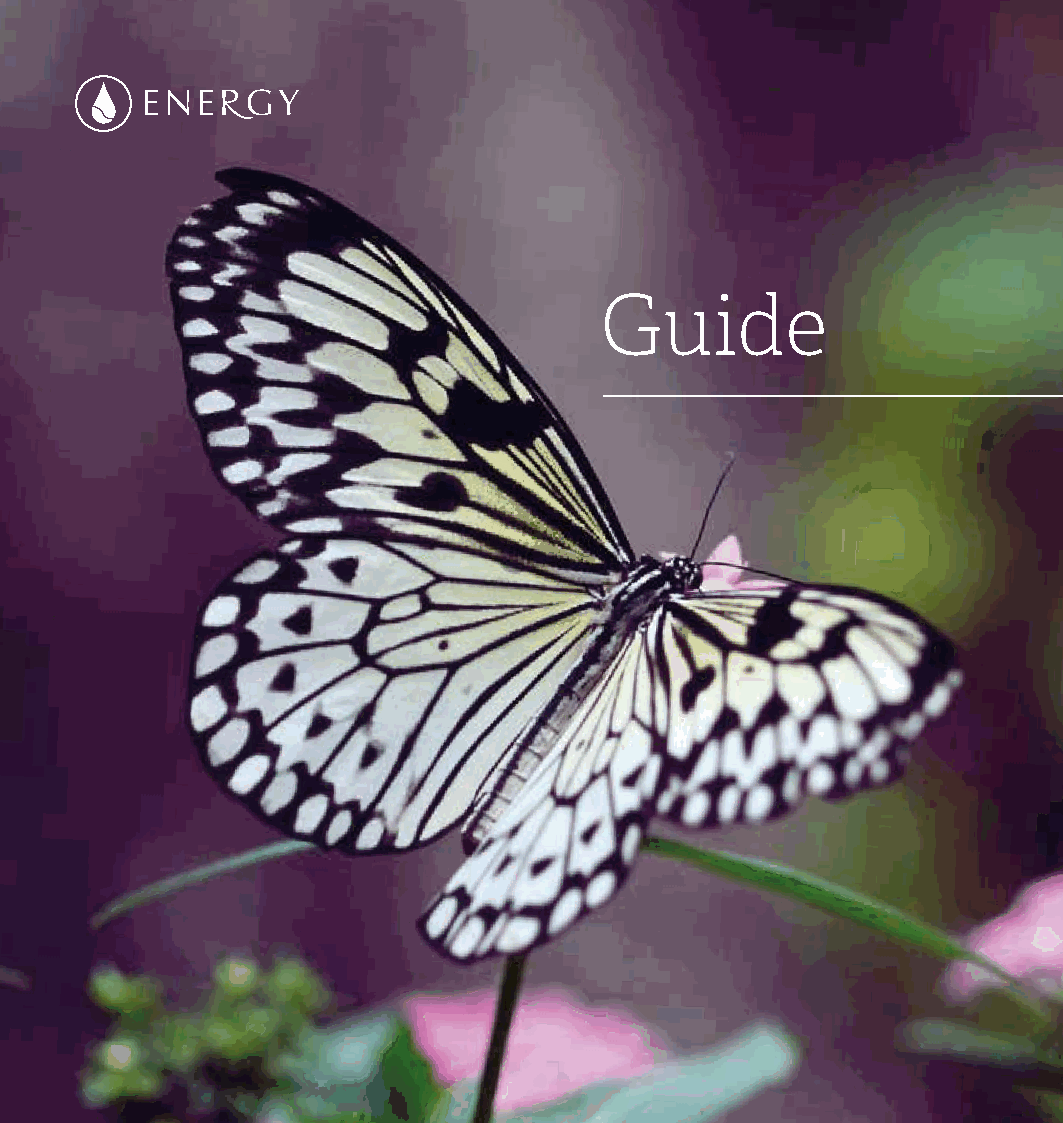
Guide
 Pruvodce_2018.indd 1                                           17.04.18 12:00